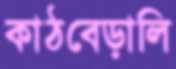
কাঠবেড়ালি